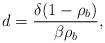
\begin{align*} d = \frac{\delta(1-\rho_b)}{\beta\rho_b},\end{align*}